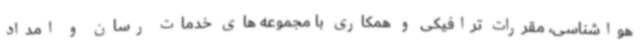
هواشناسی، مقررات ترافیکی و همکاری با مجموعه های خدمات رسان و امداد